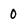
Character: 0